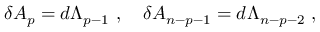
\delta A _ { p } = d \Lambda _ { p - 1 } \ , \quad \delta A _ { n - p - 1 } = d \Lambda _ { n - p - 2 } \ ,